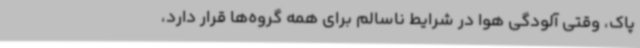
پاک، وقتی آلودگی هوا در شرایط ناسالم برای همه گروه‌ها قرار دارد،